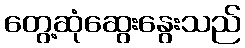
တွေ့ဆုံဆွေးနွေးသည်